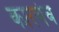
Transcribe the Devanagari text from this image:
कारणंच